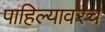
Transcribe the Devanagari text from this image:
पाहिल्यावरच